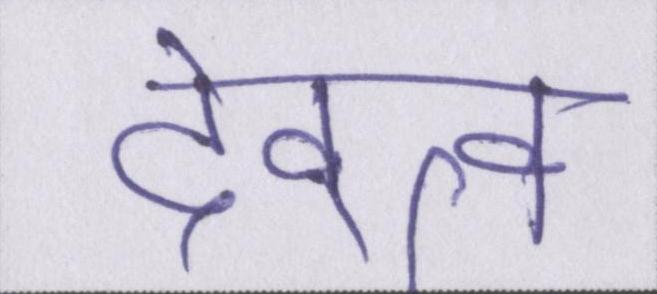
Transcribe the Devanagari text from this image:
देवत्व